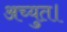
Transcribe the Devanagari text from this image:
अच्युत।